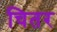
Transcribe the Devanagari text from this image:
चितर